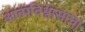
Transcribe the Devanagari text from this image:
आत्मविश्वासाचा